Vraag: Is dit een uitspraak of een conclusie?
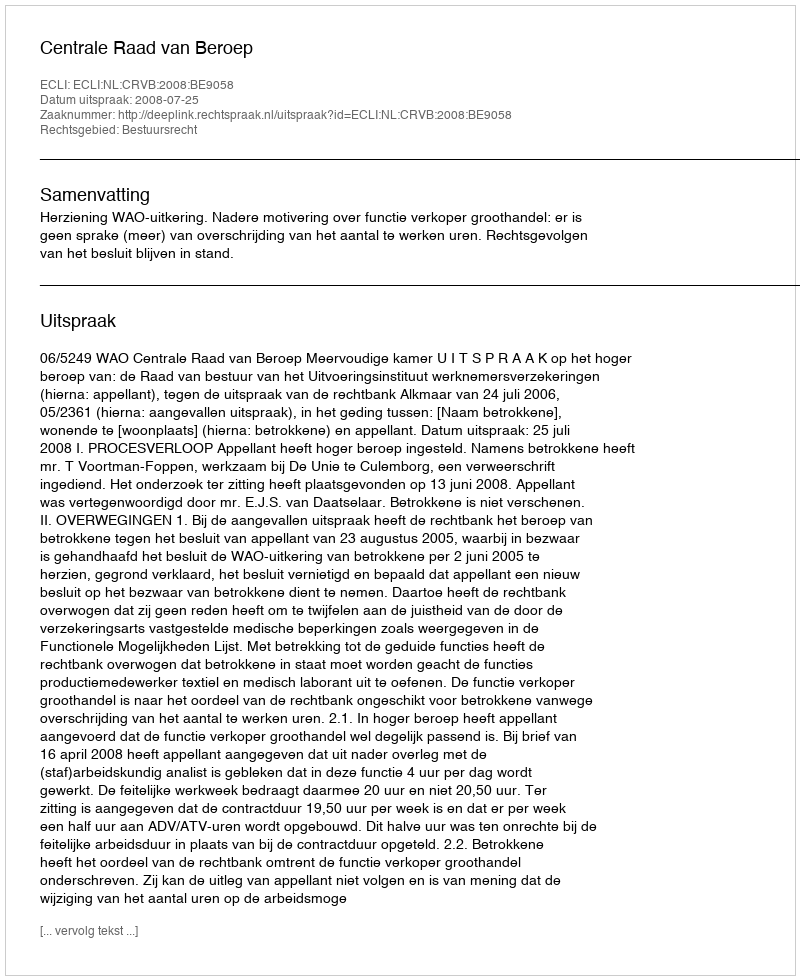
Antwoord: Uitspraak